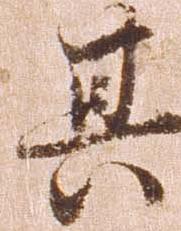
其